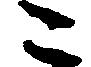
こ